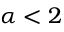
\alpha < 2